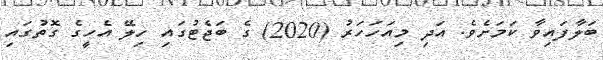
ބަލާފައިވާ ކަމަށެވެ. އަދި މިއަހަހަރު (2020) ގެ ބަޖެޓުގައި ހިލޭ އެހީގެ ގޮތުގައި